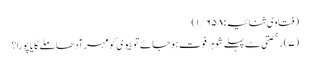
(فتاوی ثنائیہ:۱/۶۵۸)
(۷) رخصتی سے پہلے شوہر فوت ہوجائے تو بیوی کو مہر آدھا ملے گا یا پورا؟